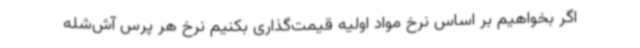
اگر بخواهیم بر اساس نرخ مواد اولیه قیمت‌گذاری بکنیم نرخ هر پرس آش‌شله